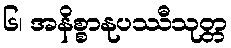
၆၊ အနိစ္စာနုပဿီသုတ္တ